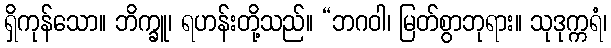
ရှိကုန်သော။ ဘိက္ခူ၊ ရဟန်းတို့သည်။ “ဘဂဝါ၊ မြတ်စွာဘုရား။ သုဒုက္ကရံ၊